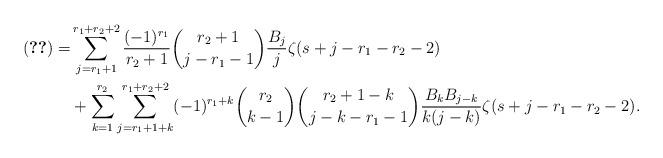
LaTeX: \begin{align*}\eqref{equ:Z3r1r203}=&\sum_{j=r_1+1}^{r_1+r_2+2}\frac{(-1)^{r_1}}{r_2+1}\binom{r_2+1}{j-r_1-1}\frac{B_j}{j}\zeta(s+j-r_1-r_2-2) \\&+\sum_{k=1}^{r_2}\sum_{j=r_1+1+k}^{r_1+r_2+2}(-1)^{r_1+k}\binom{r_2}{k-1}\binom{r_2+1-k}{j-k-r_1-1}\frac{B_kB_{j-k}}{k(j-k)}\zeta(s+j-r_1-r_2-2).\end{align*}